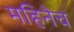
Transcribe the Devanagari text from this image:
महिनेच